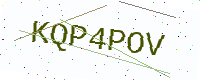
Text: KQP4POV